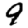
Digit: 9